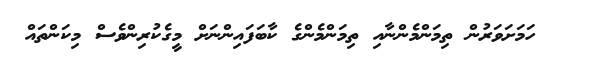
ހަމަށަވަރުން ތިމަންމެންނާއި ތިމަންމެންގެ ކާބަފައިންނަށް މީގެކުރިންވެސް މިކަންތައް